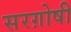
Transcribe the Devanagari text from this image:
सरग़ोषी